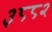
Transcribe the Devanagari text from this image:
३८८२